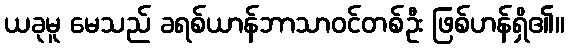
ယခုမူ မေသည် ခရစ်ယာန်ဘာသာဝင်တစ်ဦး ဖြစ်ဟန်ရှိ၏။